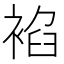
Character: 𧚧